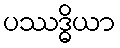
ပဿဒ္ဓိယာ